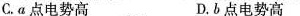
C.α点电势高 D.b点电势高